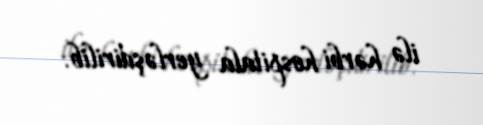
ilə hərbi hospitala yerləşdirilib.